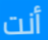
أنت